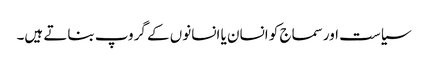
سیاست اورسماج کو انسان یا انسانوں کے گروپ بناتے ہیں۔